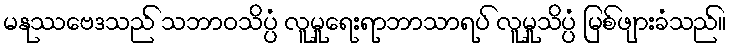
မနုဿဗေဒသည် သဘာဝသိပ္ပံ လူမှုရေးရာဘာသာရပ် လူမှုသိပ္ပံ မြစ်ဖျားခံသည်။